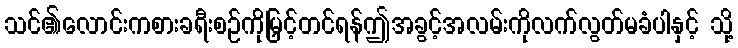
သင်၏လောင်းကစားခရီးစဉ်ကိုမြှင့်တင်ရန်ဤအခွင့်အလမ်းကိုလက်လွတ်မခံပါနှင့် သို့